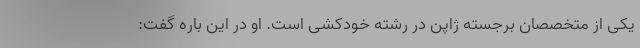
یکی از متخصصان برجسته ژاپن در رشته خودکشی است. او در این باره گفت: